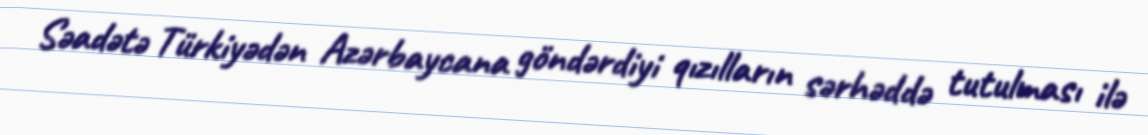
Səadətə Türkiyədən Azərbaycana göndərdiyi qızılların sərhəddə tutulması ilə